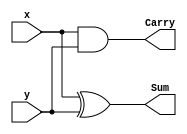
module half_adder(x,y,Sum,Carry);
input x,y;
output Sum,Carry;
assign Sum = x ^ y;
assign Carry = x & y;
endmodule

module Add(x,y,Cin,S,Cout);
input x,y,Cin;
output S,Cout;
wire S1,C1,C2;
half_adder ha_1(x,y,S1,C1);
half_adder ha_2(Cin,S1,S,C2);
or(Cout,C1,C2);
endmodule